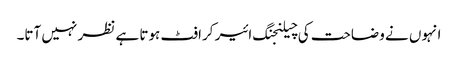
انہوں نے وضاحت کی چیلنجنگ ائیر کرافٹ ہوتا ہے نظر نہیں آتا۔